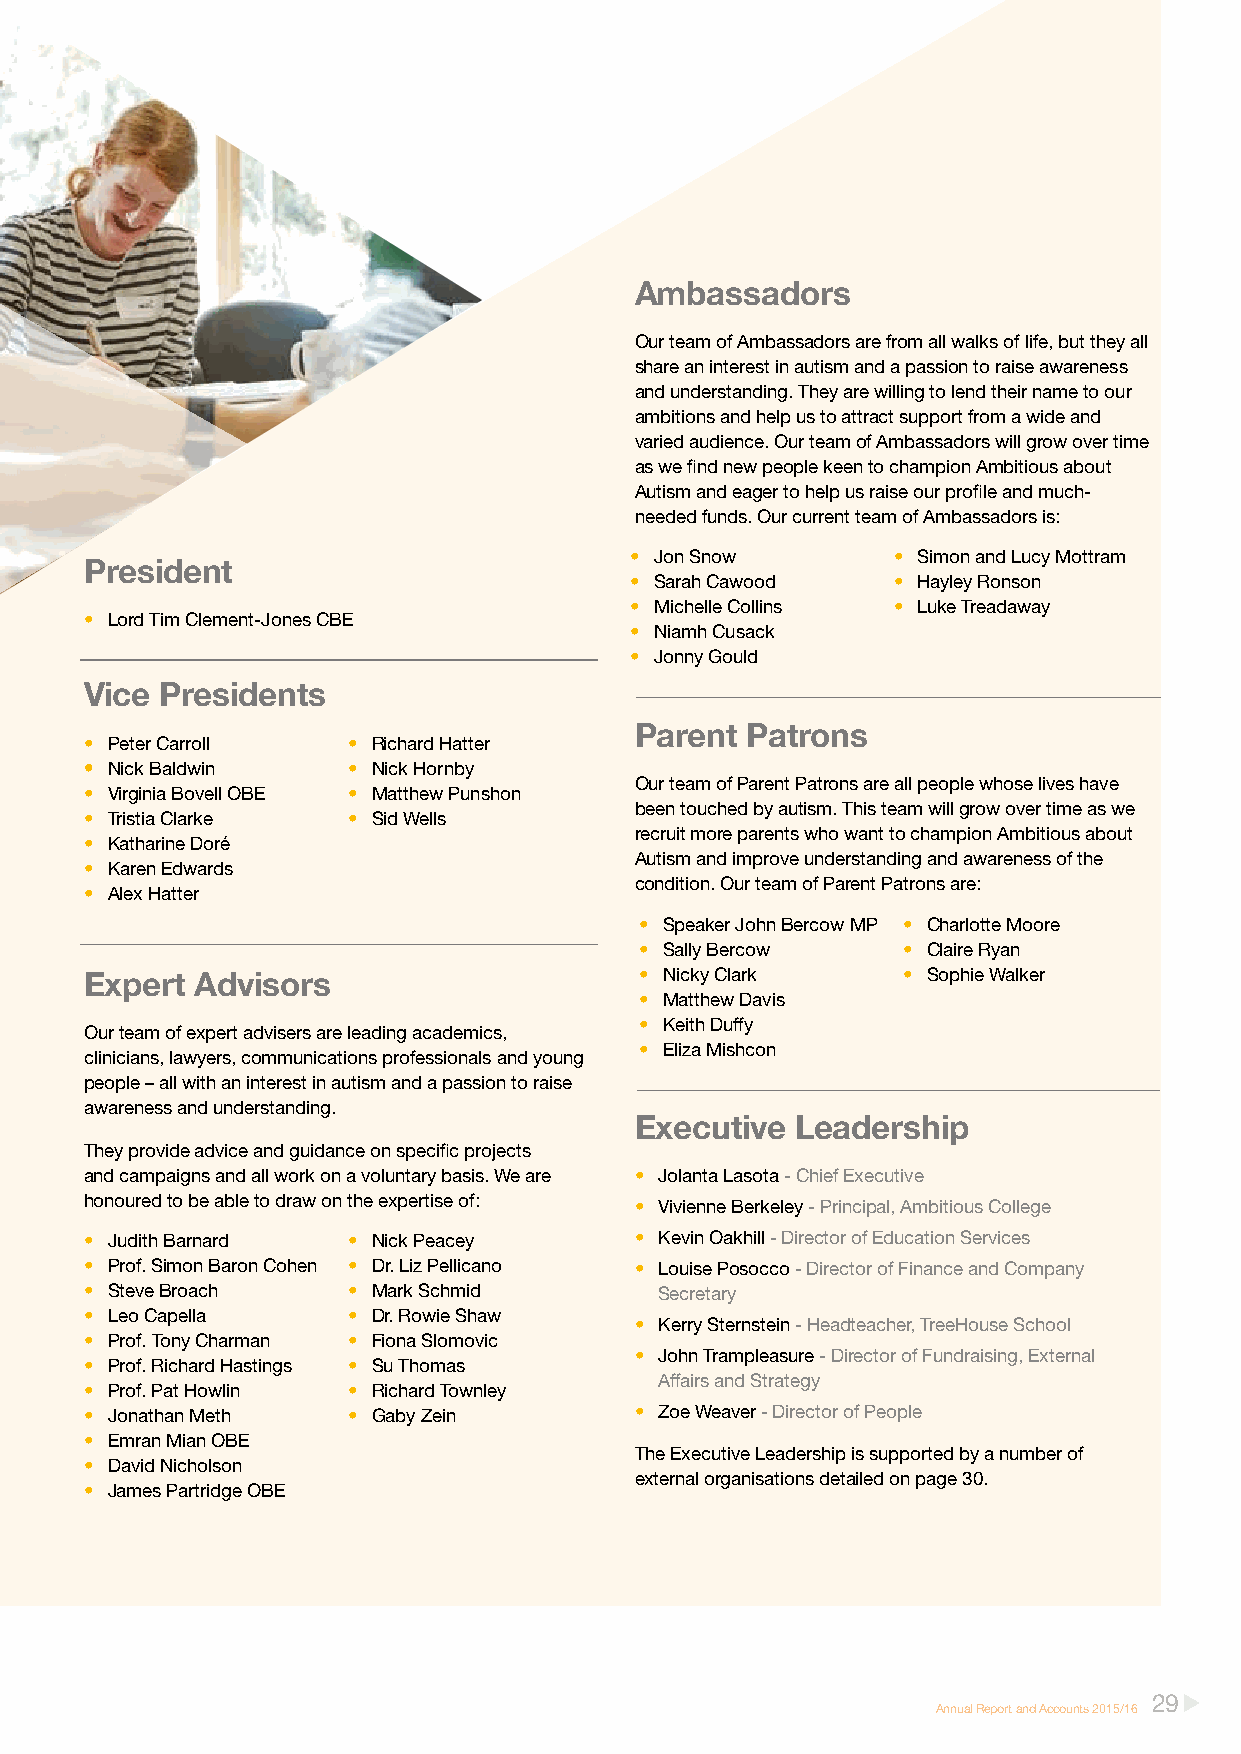
Ambassadors
 Our team of Ambassadors are from all walks of life, but they all
 share an interest in autism and a passion to raise awareness
 and understanding. They are willing to lend their name to our
 ambitions and help us to attract support from a wide and
 varied audience. Our team of Ambassadors will grow over time
 as we find new people keen to champion Ambitious about
 Autism and eager to help us raise our profile and much-
 needed funds. Our current team of Ambassadors is:
 • Jon Snow       • Simon and Lucy Mottram
 President
 • Sarah Cawood   • Hayley Ronson
 • Michelle Collins • Luke Treadaway
 • Lord Tim Clement-Jones CBE
 • Niamh Cusack
 • Jonny Gould
 Vice Presidents
 Parent Patrons
 • Peter Carroll  • Richard Hatter
 •• Nick Baldwin  • Nick Hornby
 • Virginia Bovell OBE • Matthew Punshon
 Our team of Parent Patrons are all people whose lives have
 • Tristia Clarke • Sid Wells
 been touched by autism. This team will grow over time as we
 • Katharine Doré
 recruit more parents who want to champion Ambitious about
 • Karen Edwards
 Autism and improve understanding and awareness of the
 • Alex Hatter
 condition. Our team of Parent Patrons are:
 • Speaker John Bercow MP • Charlotte Moore
 • Sally Bercow    • Claire Ryan
 Expert Advisors                     • Nicky Clark     • Sophie Walker
 • Matthew Davis
 • Keith Duffy
 Our team of expert advisers are leading academics,
 • Eliza Mishcon
 clinicians, lawyers, communications professionals and young
 people – all with an interest in autism and a passion to raise
 awareness and understanding.
 Executive  Leadership
 They provide advice and guidance on specific projects
 and campaigns and all work on a voluntary basis. We are • Jolanta Lasota - Chief Executive
 honoured to be able to draw on the expertise of: • Vivienne Berkeley - Principal, Ambitious College
 • Judith Barnard • Nick Peacey      • Kevin Oakhill - Director of Education Services
 • Prof. Simon Baron Cohen • Dr. Liz Pellicano • Louise Posocco - Director of Finance and Company
 • Steve Broach   • Mark Schmid        Secretary
 • Leo Capella    • Dr. Rowie Shaw
 • Kerry Sternstein - Headteacher, TreeHouse School
 • Prof. Tony Charman • Fiona Slomovic
 • John Trampleasure - Director of Fundraising, External
 • Prof. Richard Hastings • Su Thomas
 Affairs and Strategy
 • Prof. Pat Howlin • Richard Townley
 • Jonathan Meth  • Gaby Zein        • Zoe Weaver - Director of People
 • Emran Mian OBE
 The Executive Leadership is supported by a number of
 • David Nicholson
 external organisations detailed on page 30.
 • James Partridge OBE
 29
 Annual Report and Accounts 2015/16